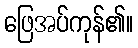
ဖြေအပ်ကုန်၏။